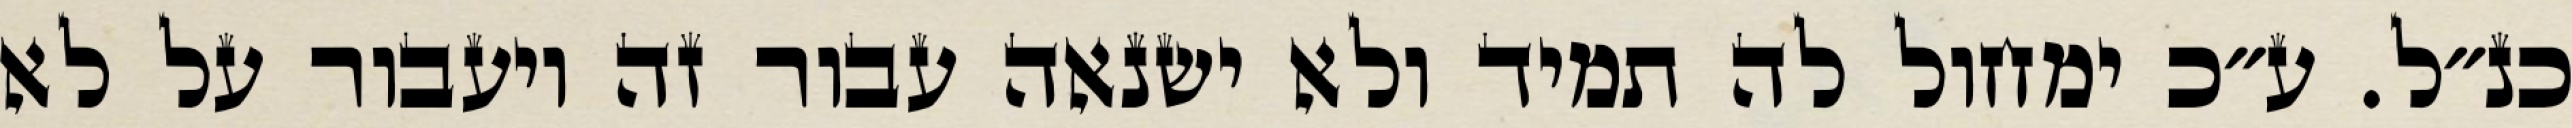
כנ״ל. ע״כ ימחול לה תמיד ולא ישנאה עבור זה ויעבור על לא